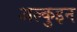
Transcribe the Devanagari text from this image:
अल्कुइन